General report no. 6 on the lunatic asylums, vaccination and dispensaries in the Bengal Presidency, 1873 -
Year: 1873
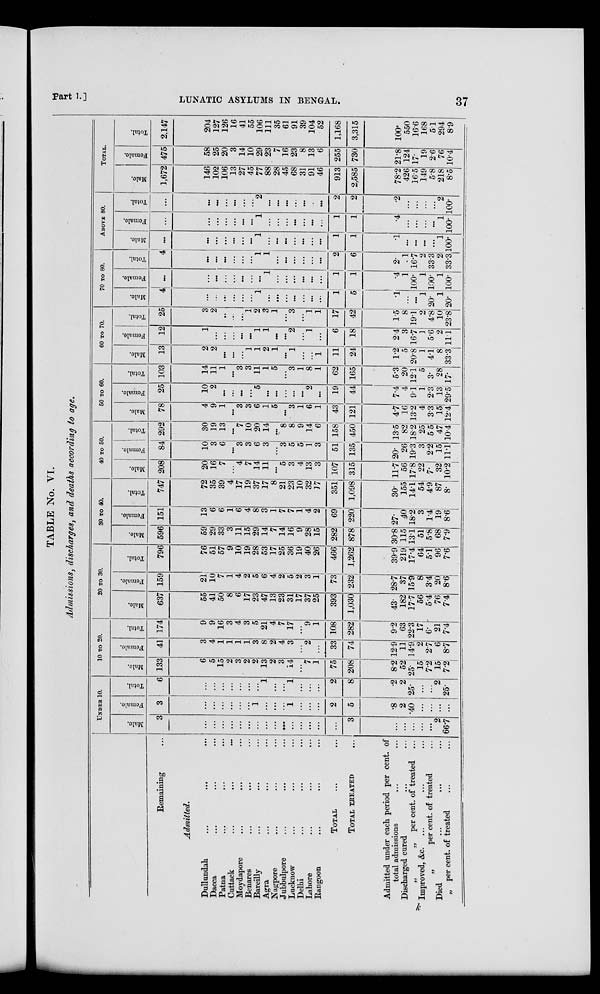
Part I. ]
LUNATIC ASYLUMS IN BENGAL.
37
TABLE No. VI.
Admissions, discharges, and deaths according to age.
Remaining ...
Admitted.
Dullundah ... ... ...
Dacca ... ... ...
Patna ... ... ...
Cuttack ... ... ...
Moydapore ... ... ...
Benares ... ... ...
Bareilly ... ... ...
Agra ... ... ...
Nagpore ... ... ...
Jubbulpore ... ... ...
Lucknow ... ... ...
Delhi ... ... ...
Lahore ... ... ...
Rangoon ... ... ...
TOTAL ... ...
TOTAL TREATED ...
Admitted under each period per cent. of
total admissions ... ...
Discharged cured ... ...
„
„ per cent. of treated ...
Improved, &c. ... ... ...
„
per cent. of treated ...
Died ... ... ... ...
„ per cent. of treated ... ...
UNDER 10.
Male.
3
...
...
...
...
...
...
...
...
...
...
...
...
...
...
...
3
...
...
...
...
...
2
66.7
Female.
3
...
...
...
...
...
...
1
...
...
...
1
...
...
...
2
5
.8
2
.40
...
...
...
...
Total.
6
...
...
...
...
...
...
...
1
...
...
1
...
...
...
2
8
.2
2
25.
...
...
2
25
10 TO 20.
Male.
133
6
5
15
2
3
2
2
13
2
3
14
...
7
1
75
208
8.2
52
25.
15
7.2
15
7.2
Female.
41
3
4
1
1
1
1
3
8
2
4
3
...
2
...
33
74
12.9
11
14.9
2
2.7
6
8.7
Total.
174
9
9
16
3
4
3
5
21
4
7
17
...
9
1
108
282
9.2
63
22.3
17
6.
21
7.4
20 TO 30.
Male.
637
55
41
50
8
6
17
23
47
13
23
31
17
37
25
393
1,030
43.
182
17.7
56
5.4
76
7.4
Female.
159
21
10
7
1
4
2
5
6
4
2
5
2
3
1
73
232
28.7
37
15.9
8
3.4
20
8.6
Total.
796
76
51
57
9
10
19
28
53
17
25
36
19
40
26
466
1,262
39.9
219
17.4
64
5.1
96
7.6
30 TO 40.
Male.
596
59
29
33
3
11
15
29
14
7
14
16
9
28
15
282
878
30.8
115
13.1
51
5.8
68
7.9
Female.
151
13
6
6
1
6
4
8
3
1
7
7
1
4
2
69
220
27.
40
18.2
3
1.4
19
8.6
Total.
747
72
35
39
4
17
19
37
17
8
21
23
10
32
17
351
1,098
30.
155
14.1
54
4.9
87
8.
40 TO 50.
Male.
208
20
16
7
...
4
7
14
11
...
5
3
4
13
3
107
315
11.7
56
17.8
22
7.
32
10.2
Female.
84
10
3
6
...
3
3
6
3
...
3
5
5
1
3
51
135
20.
26
19.3
3
2.2
15
11.1
Total.
292
30
19
13
...
7
10
20
14
...
8
8
9
14
6
158
450
13.5
82
18.2
25
5.5
47
10.4
50 TO 60.
Male.
78
4
9
1
...
3
3
6
1
5
...
3
1
6
1
43
121
4.7
16
13.2
4
3.3
15
12.4
Female.
25
10
2
...
...
...
...
5
...
...
...
...
...
2
...
19
44
7.4
4
9.1
1
2.3
13
29.5
Total.
103
14
11
1
...
3
3
11
1
5
...
3
1
8
1
62
165
5.3
20
12.1
5
3.
28
17.
60 TO 70.
Male.
13
2
2
...
...
...
1
1
2
1
...
1
...
...
1
11
24
1.2
5
20.8
1
4.1
8
33.3
Female.
12
1
...
...
...
...
...
1
1
...
...
2
...
1
...
6
18
2.4
3
16.7
1
5.6
2
11.1
Total.
25
3
2
...
...
...
1
2
3
1
...
3
...
1
1
17
42
1.5
8
19.1
2
4.8
10
23.8
70 TO 80.
Male.
4
...
...
...
...
...
...
1
...
...
...
...
...
...
...
1
5
.1
...
...
1
20.
1
20.
Female.
...
...
...
...
...
...
...
...
1
...
...
...
...
...
...
1
1
.4
1
100.
1
100.
1
100.
Total.
4
...
...
...
...
...
...
1
1
...
...
...
...
...
...
2
6
2.
1
16.7
2
33.3
2
33.3
ABOVE 80.
Male.
...
...
...
...
...
...
...
1
...
...
...
...
...
...
...
1
1
.1
...
...
...
...
1
100.
Female.
...
...
...
...
...
...
...
1
...
...
...
...
...
...
...
1
1
.4
...
...
...
...
1
100.
Total.
...
...
...
...
...
...
...
2
...
...
...
...
...
...
...
2
2
.2
...
...
...
...
2
100.
TOTAL.
Male.
1,672
146
102
106
13
27
45
77
88
28
45
68
31
91
46
913
2,585
78.2
426
16.5
149
5.8
218
8.5
Female.
475
58
25
20
3
14
10
29
23
7
16
23
8
13
6
255
730
21.8
124
17.
19
2.6
76
10.4
Total.
2,147
204
127
126
16
41
55
106
111
35
61
91
39
104
52
1,168
3,315
100.
550
16.6
168
5.1
294
8.9
k